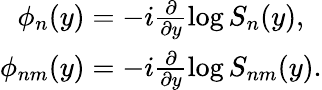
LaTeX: \begin{array}{c}{{\phi_{n}(y)=-i\frac{\partial}{\partial y}\log S_{n}(y),}}\\ {{\phi_{nm}(y)=-i\frac{\partial}{\partial y}\log S_{nm}(y).}}\end{array}